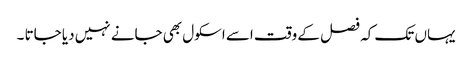
یہاں تک کہ فصل کے وقت اسے اسکول بھی جانے نہیں دیا جاتا ۔